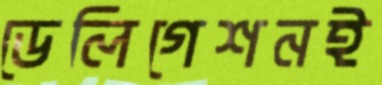
ডেলিগেশনই